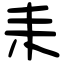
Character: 耒